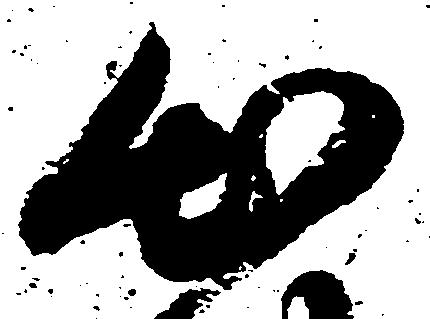
出